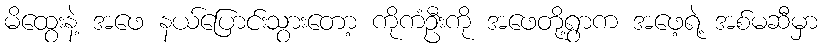
မိထွေးနဲ့ အဖေ နယ်ပြောင်းသွားတော့ ကိုကံဦးကို အဖေတို့ရွာက အဖေ့ရဲ့ အစ်မဆီမှာ